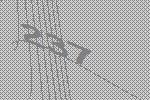
237